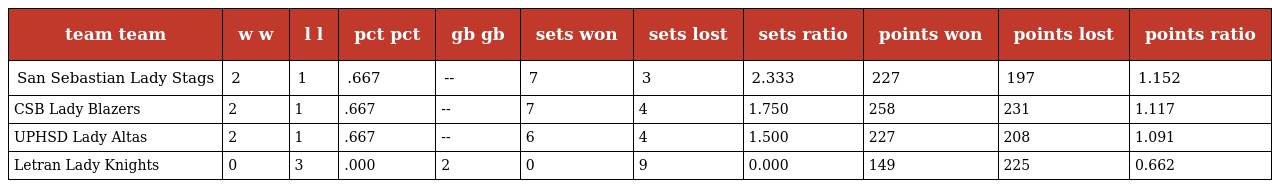
| team team | w w | l l | pct pct | gb gb | sets won | sets lost | sets ratio | points won | points lost | points ratio |
 | --- | --- | --- | --- | --- | --- | --- | --- | --- | --- | --- |
 | San Sebastian Lady Stags | 2 | 1 | .667 | -- | 7 | 3 | 2.333 | 227 | 197 | 1.152 |
 | CSB Lady Blazers | 2 | 1 | .667 | -- | 7 | 4 | 1.750 | 258 | 231 | 1.117 |
 | UPHSD Lady Altas | 2 | 1 | .667 | -- | 6 | 4 | 1.500 | 227 | 208 | 1.091 |
 | Letran Lady Knights | 0 | 3 | .000 | 2 | 0 | 9 | 0.000 | 149 | 225 | 0.662 |